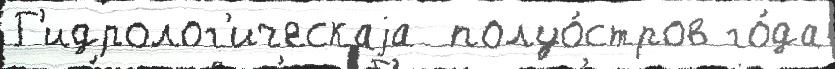
Г'идролог'ическаjа  полуо́стров го́да